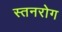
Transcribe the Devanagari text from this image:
स्तनरोग